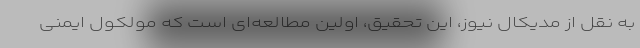
به نقل از مدیکال نیوز، این تحقیق، اولین مطالعه‌ای است که مولکول ایمنی